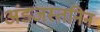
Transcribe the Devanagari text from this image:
अंडजस्तनिन